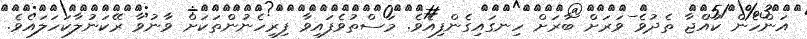
އަންހެން ކުއްޖާ ތެދުވެ ވަރަށް ބާރަށް ހިނގައިގެންފިއެވެ. މަސްތުވެފައިވާ ފިރިހެނުންތަކަށް ވާނުވާ ރޭކަނުލާކަހަލައެވެ.